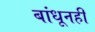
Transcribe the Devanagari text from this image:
बांधूनही